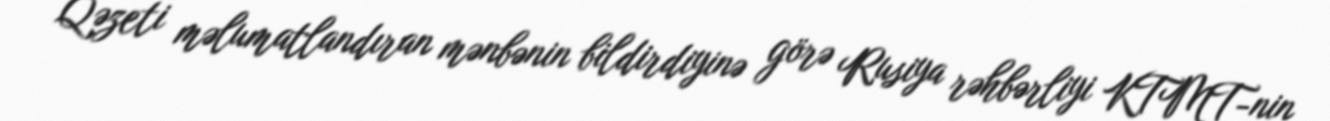
Qəzeti məlumatlandıran mənbənin bildirdiyinə görə Rusiya rəhbərliyi KTMT-nin